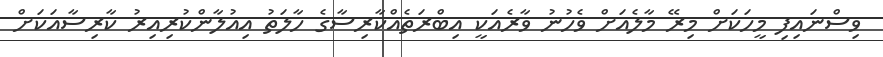
ވިސްނައިފި މީހަކަށް މިރޭ މާލެއަށް ވެހުނު ވާރެއަކީ އިބްރަތެއްކާރިސާގެ ހާލަތު އިއުލާންކުރިއިރު ކާރިސާއަކަށް